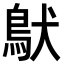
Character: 𩿁